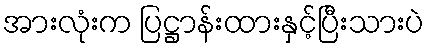
အားလုံးက ပြဋ္ဌာန်းထားနှင့်ပြီးသားပဲ